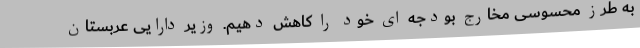
به طرز محسوسی مخارج بودجه ای خود را کاهش دهیم. وزیر دارایی عربستان